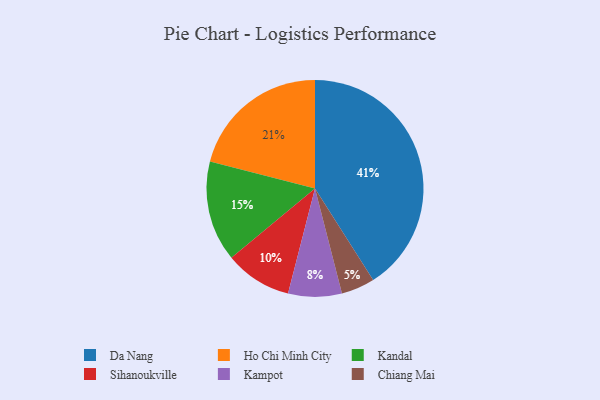
{"axis": {"x": "Category", "y": "Percentage"}, "legend": ["Chiang Mai", "Da Nang", "Ho Chi Minh City", "Kampot", "Kandal", "Sihanoukville"], "data": [{"x": "Da Nang", "y": 41, "type": "Da Nang"}, {"x": "Kandal", "y": 15, "type": "Kandal"}, {"x": "Kampot", "y": 8, "type": "Kampot"}, {"x": "Chiang Mai", "y": 5, "type": "Chiang Mai"}, {"x": "Ho Chi Minh City", "y": 21, "type": "Ho Chi Minh City"}, {"x": "Sihanoukville", "y": 10, "type": "Sihanoukville"}]}